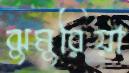
ঝুমুরিয়া